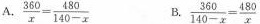
A. $$\frac { 3 6 0 } { x } = \frac { 4 8 0 } { 1 4 0 - x }$$ B. $$\frac { 3 6 0 } { 1 4 0 - x } = \frac { 4 8 0 } { x }$$